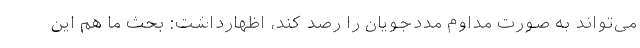
می‌تواند به صورت مداوم مددجویان را رصد کند، اظهارداشت: بحث ما هم این